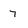
Character: 7